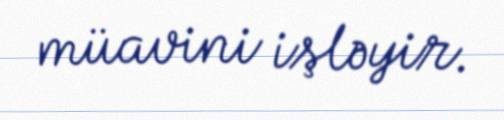
müavini işləyir.